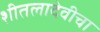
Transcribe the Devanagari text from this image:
शीतलादेवीचा